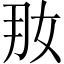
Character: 𱙊